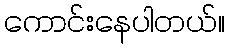
ကောင်းနေပါတယ်။